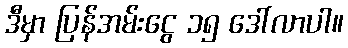
ဒီမှာ ပြန်အမ်းငွေ ၁၅ ဒေါ်လာပါ။